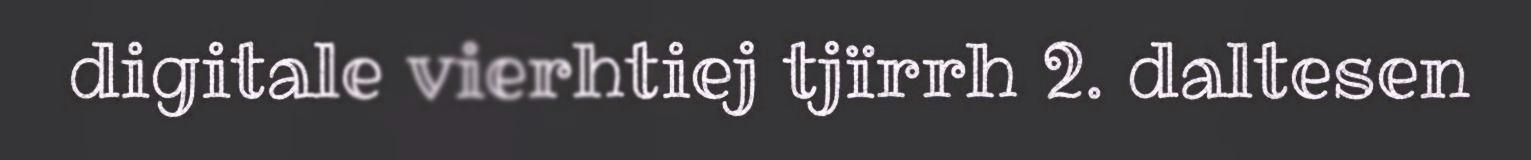
digitale vierhtiej tjïrrh 2. daltesen